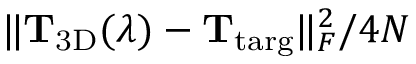
\lVert \mathbf { T } _ { \mathrm { 3 D } } ( \lambda ) - \mathbf { T } _ { \mathrm { t a r g } } \rVert _ { F } ^ { 2 } / 4 N